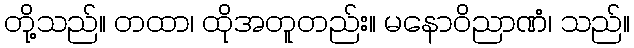
တို့သည်။ တထာ၊ ထိုအတူတည်း။ မနောဝိညာဏံ၊ သည်။